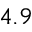
4 . 9